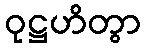
ဝုဋ္ဌဟိတွာ